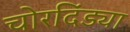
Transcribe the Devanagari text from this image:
चोरदिंड्या